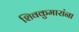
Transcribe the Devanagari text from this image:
शिवकुमारांना